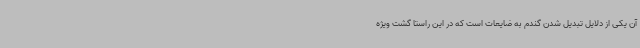
آن یکی از دلایل تبدیل شدن گندم به ضایعات است که در این راستا گشت ویژه